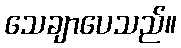
သေချာပေသည်။